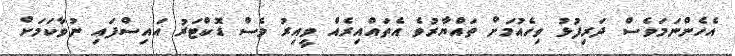
އެހެންނަމަވެސް ދަރިފުޅު ވިހެއުމަށް ތައްޔާރުވެ އެތައްއިރެއް ވީއިރު ވެސް ޑޮކްޓަރު އައިސްފައި ނުވާކަމަށް